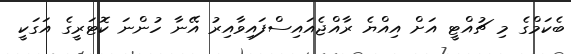
ބެކަމްގެ މި ޗުއްޓީ އަށް އިއްޔެ ރާއްޖެއައިސްފައިވާއިރު އޭނާ ހުންނަ ކޮޓަރީގެ އަގަކީ